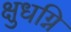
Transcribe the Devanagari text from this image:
क्षुधग्नि